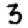
Digit: 3